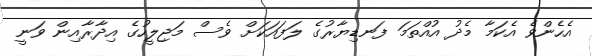
އެހެންވެ އެކަމާ މެދު އުއްތަމަ ފަނޑިޔާރުގެ ލަފައަކަށް ވެސް މަޖިލީހުގެ އިދާރާއިން ވަނީ